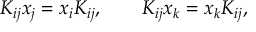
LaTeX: K _ { i j } x _ { j } = x _ { i } K _ { i j } , \qquad K _ { i j } x _ { k } = x _ { k } K _ { i j } ,